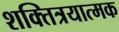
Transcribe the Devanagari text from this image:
शक्तित्रयात्मक